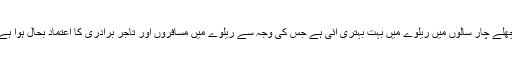
پچھلے چار سالوں میں ریلوے میں بہت بہتری آئی ہے جس کی وجہ سے ریلوے میں مسافروں اور تاجر برادری کا اعتماد بحال ہوا ہے ۔